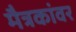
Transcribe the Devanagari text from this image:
मैत्रकांवर